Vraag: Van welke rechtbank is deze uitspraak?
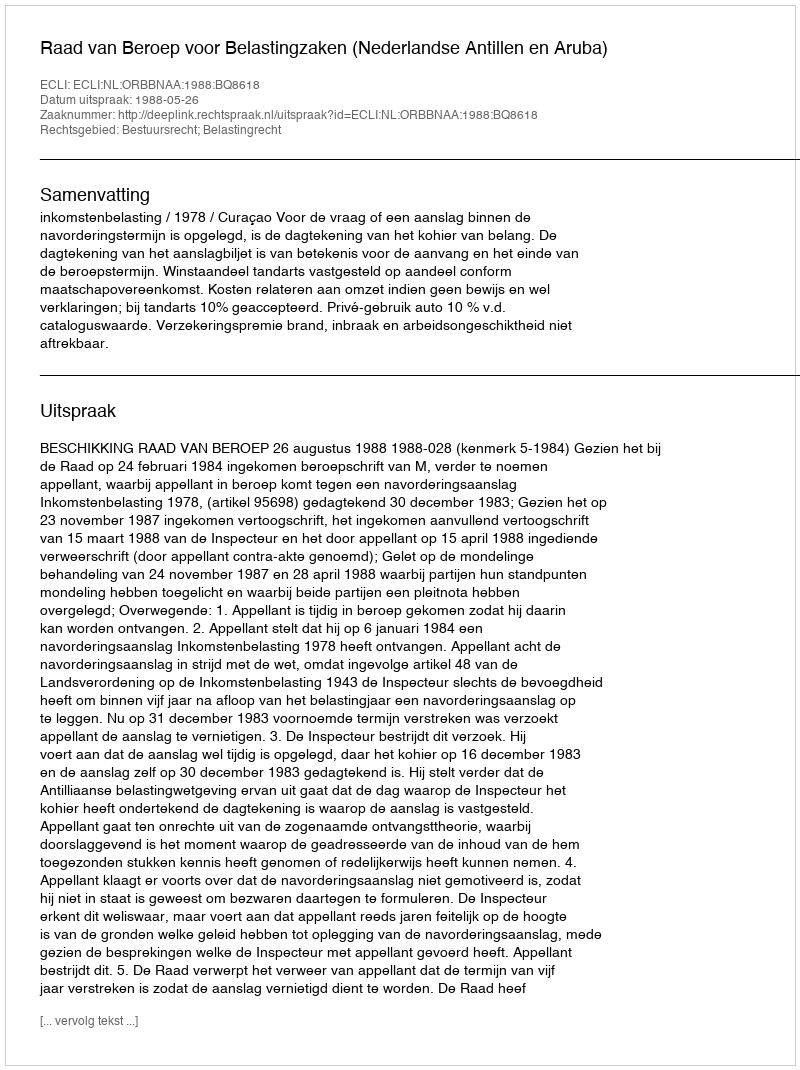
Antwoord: Raad van Beroep voor Belastingzaken (Nederlandse Antillen en Aruba)